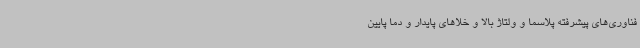
فناوری‌های پیشرفته پلاسما و ولتاژ بالا و خلا‌های پایدار و دما پایین